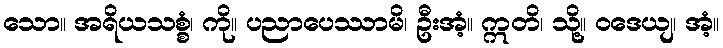
သော။ အရိယသစ္စံ၊ ကို။ ပညာပေဿာမိ၊ ဦးအံ့။ ဣတိ၊ သို့။ ဝဒေယျ၊ အံ့။